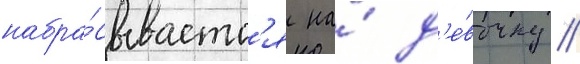
набра́сываетс'я на́ д'е́вочку //